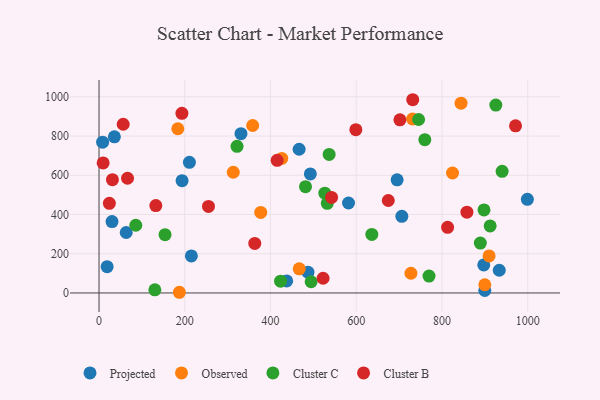
{"axis": {"x": "Engine Size", "y": "Profit"}, "legend": ["Cluster B", "Cluster C", "Observed", "Projected"], "data": [{"x": "331.1", "y": 812.2, "type": "Projected"}, {"x": "466.7", "y": 732.7, "type": "Projected"}, {"x": "897.4", "y": 142.8, "type": "Projected"}, {"x": "492.9", "y": 607.1, "type": "Projected"}, {"x": "35.8", "y": 796.1, "type": "Projected"}, {"x": "999.1", "y": 477.2, "type": "Projected"}, {"x": "63.4", "y": 308.4, "type": "Projected"}, {"x": "899.8", "y": 12.6, "type": "Projected"}, {"x": "437.7", "y": 61.4, "type": "Projected"}, {"x": "706.3", "y": 390.6, "type": "Projected"}, {"x": "581.9", "y": 458.8, "type": "Projected"}, {"x": "487.3", "y": 105.8, "type": "Projected"}, {"x": "695.3", "y": 577.1, "type": "Projected"}, {"x": "193.7", "y": 572.5, "type": "Projected"}, {"x": "210.8", "y": 666.0, "type": "Projected"}, {"x": "215.4", "y": 188.8, "type": "Projected"}, {"x": "30.3", "y": 364.1, "type": "Projected"}, {"x": "933.5", "y": 115.7, "type": "Projected"}, {"x": "8.4", "y": 769.1, "type": "Projected"}, {"x": "18.9", "y": 133.9, "type": "Projected"}, {"x": "358.4", "y": 854.0, "type": "Observed"}, {"x": "909.8", "y": 188.9, "type": "Observed"}, {"x": "426.2", "y": 685.9, "type": "Observed"}, {"x": "377.2", "y": 410.4, "type": "Observed"}, {"x": "187.4", "y": 3.5, "type": "Observed"}, {"x": "844.4", "y": 967.7, "type": "Observed"}, {"x": "467.0", "y": 123.3, "type": "Observed"}, {"x": "731.3", "y": 886.9, "type": "Observed"}, {"x": "899.8", "y": 41.9, "type": "Observed"}, {"x": "313.1", "y": 615.6, "type": "Observed"}, {"x": "183.8", "y": 837.4, "type": "Observed"}, {"x": "727.5", "y": 100.5, "type": "Observed"}, {"x": "824.5", "y": 611.8, "type": "Observed"}, {"x": "532.4", "y": 456.9, "type": "Cluster C"}, {"x": "897.9", "y": 423.6, "type": "Cluster C"}, {"x": "925.5", "y": 958.2, "type": "Cluster C"}, {"x": "154.0", "y": 297.3, "type": "Cluster C"}, {"x": "912.3", "y": 341.8, "type": "Cluster C"}, {"x": "130.2", "y": 15.8, "type": "Cluster C"}, {"x": "769.7", "y": 86.3, "type": "Cluster C"}, {"x": "85.7", "y": 345.2, "type": "Cluster C"}, {"x": "636.3", "y": 298.4, "type": "Cluster C"}, {"x": "481.6", "y": 542.2, "type": "Cluster C"}, {"x": "321.9", "y": 747.7, "type": "Cluster C"}, {"x": "494.7", "y": 57.1, "type": "Cluster C"}, {"x": "423.4", "y": 60.3, "type": "Cluster C"}, {"x": "940.2", "y": 620.3, "type": "Cluster C"}, {"x": "889.4", "y": 254.2, "type": "Cluster C"}, {"x": "526.7", "y": 508.9, "type": "Cluster C"}, {"x": "759.9", "y": 781.5, "type": "Cluster C"}, {"x": "536.7", "y": 706.3, "type": "Cluster C"}, {"x": "745.4", "y": 884.5, "type": "Cluster C"}, {"x": "858.1", "y": 412.1, "type": "Cluster B"}, {"x": "813.0", "y": 334.7, "type": "Cluster B"}, {"x": "66.5", "y": 585.0, "type": "Cluster B"}, {"x": "542.4", "y": 487.1, "type": "Cluster B"}, {"x": "31.3", "y": 577.4, "type": "Cluster B"}, {"x": "731.7", "y": 985.3, "type": "Cluster B"}, {"x": "674.7", "y": 471.5, "type": "Cluster B"}, {"x": "24.1", "y": 457.0, "type": "Cluster B"}, {"x": "193.3", "y": 915.8, "type": "Cluster B"}, {"x": "56.4", "y": 860.3, "type": "Cluster B"}, {"x": "9.6", "y": 662.9, "type": "Cluster B"}, {"x": "971.5", "y": 852.1, "type": "Cluster B"}, {"x": "415.5", "y": 676.1, "type": "Cluster B"}, {"x": "701.8", "y": 882.7, "type": "Cluster B"}, {"x": "132.5", "y": 445.6, "type": "Cluster B"}, {"x": "363.3", "y": 252.7, "type": "Cluster B"}, {"x": "255.3", "y": 441.0, "type": "Cluster B"}, {"x": "522.6", "y": 74.9, "type": "Cluster B"}, {"x": "599.0", "y": 832.4, "type": "Cluster B"}]}